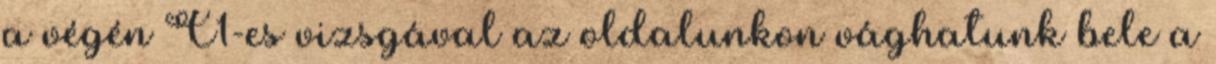
a végén C1-es vizsgával az oldalunkon vághatunk bele a